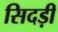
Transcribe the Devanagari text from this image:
सिदड़ी